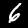
Digit: 6